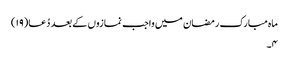
ماہ مبارک رمضان میں واجب نمازوں کے بعد دُعا(۱۹)
۴۔